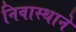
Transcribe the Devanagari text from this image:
निवास्थाने